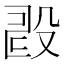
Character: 𣪐